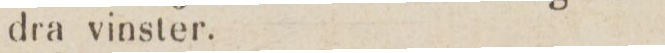
dra vinster.